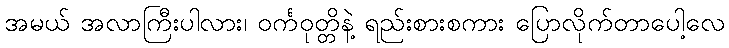
အမယ် အလာကြီးပါလား၊ ဝင်္ကဝုတ္တိနဲ့ ရည်းစားစကား ပြောလိုက်တာပေါ့လေ